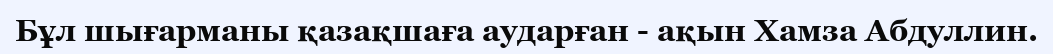
Бұл шығарманы қазақшаға аударған - ақын Хамза Абдуллин.